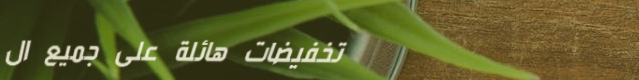
تخفيضات هائلة على جميع ال